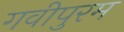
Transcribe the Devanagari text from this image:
गवीपुरम